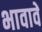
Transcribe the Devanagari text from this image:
भावावें